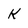
Character: K